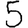
Digit: 5